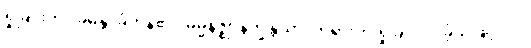
ရှုခြင်းကို။ ခမန္တိ၊ ခံကုန်၏။ ဓမ္မနိဇ္ဈာနက္ခန္တိယာ၊ တရားကို ရှုခြင်းငှာ ခံ့သဖြင့်။ ဝါ၊